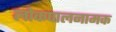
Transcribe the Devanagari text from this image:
लोकपालनामक